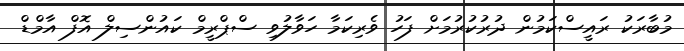
މުބާރަކު ރައީސްކަމުން ދުރުކުރުމަށް ފަހު ވެރިކަމާ ހަވާލުވި ސްޕްރީމް ކައުންސިލް އޮފް އާމްޑް